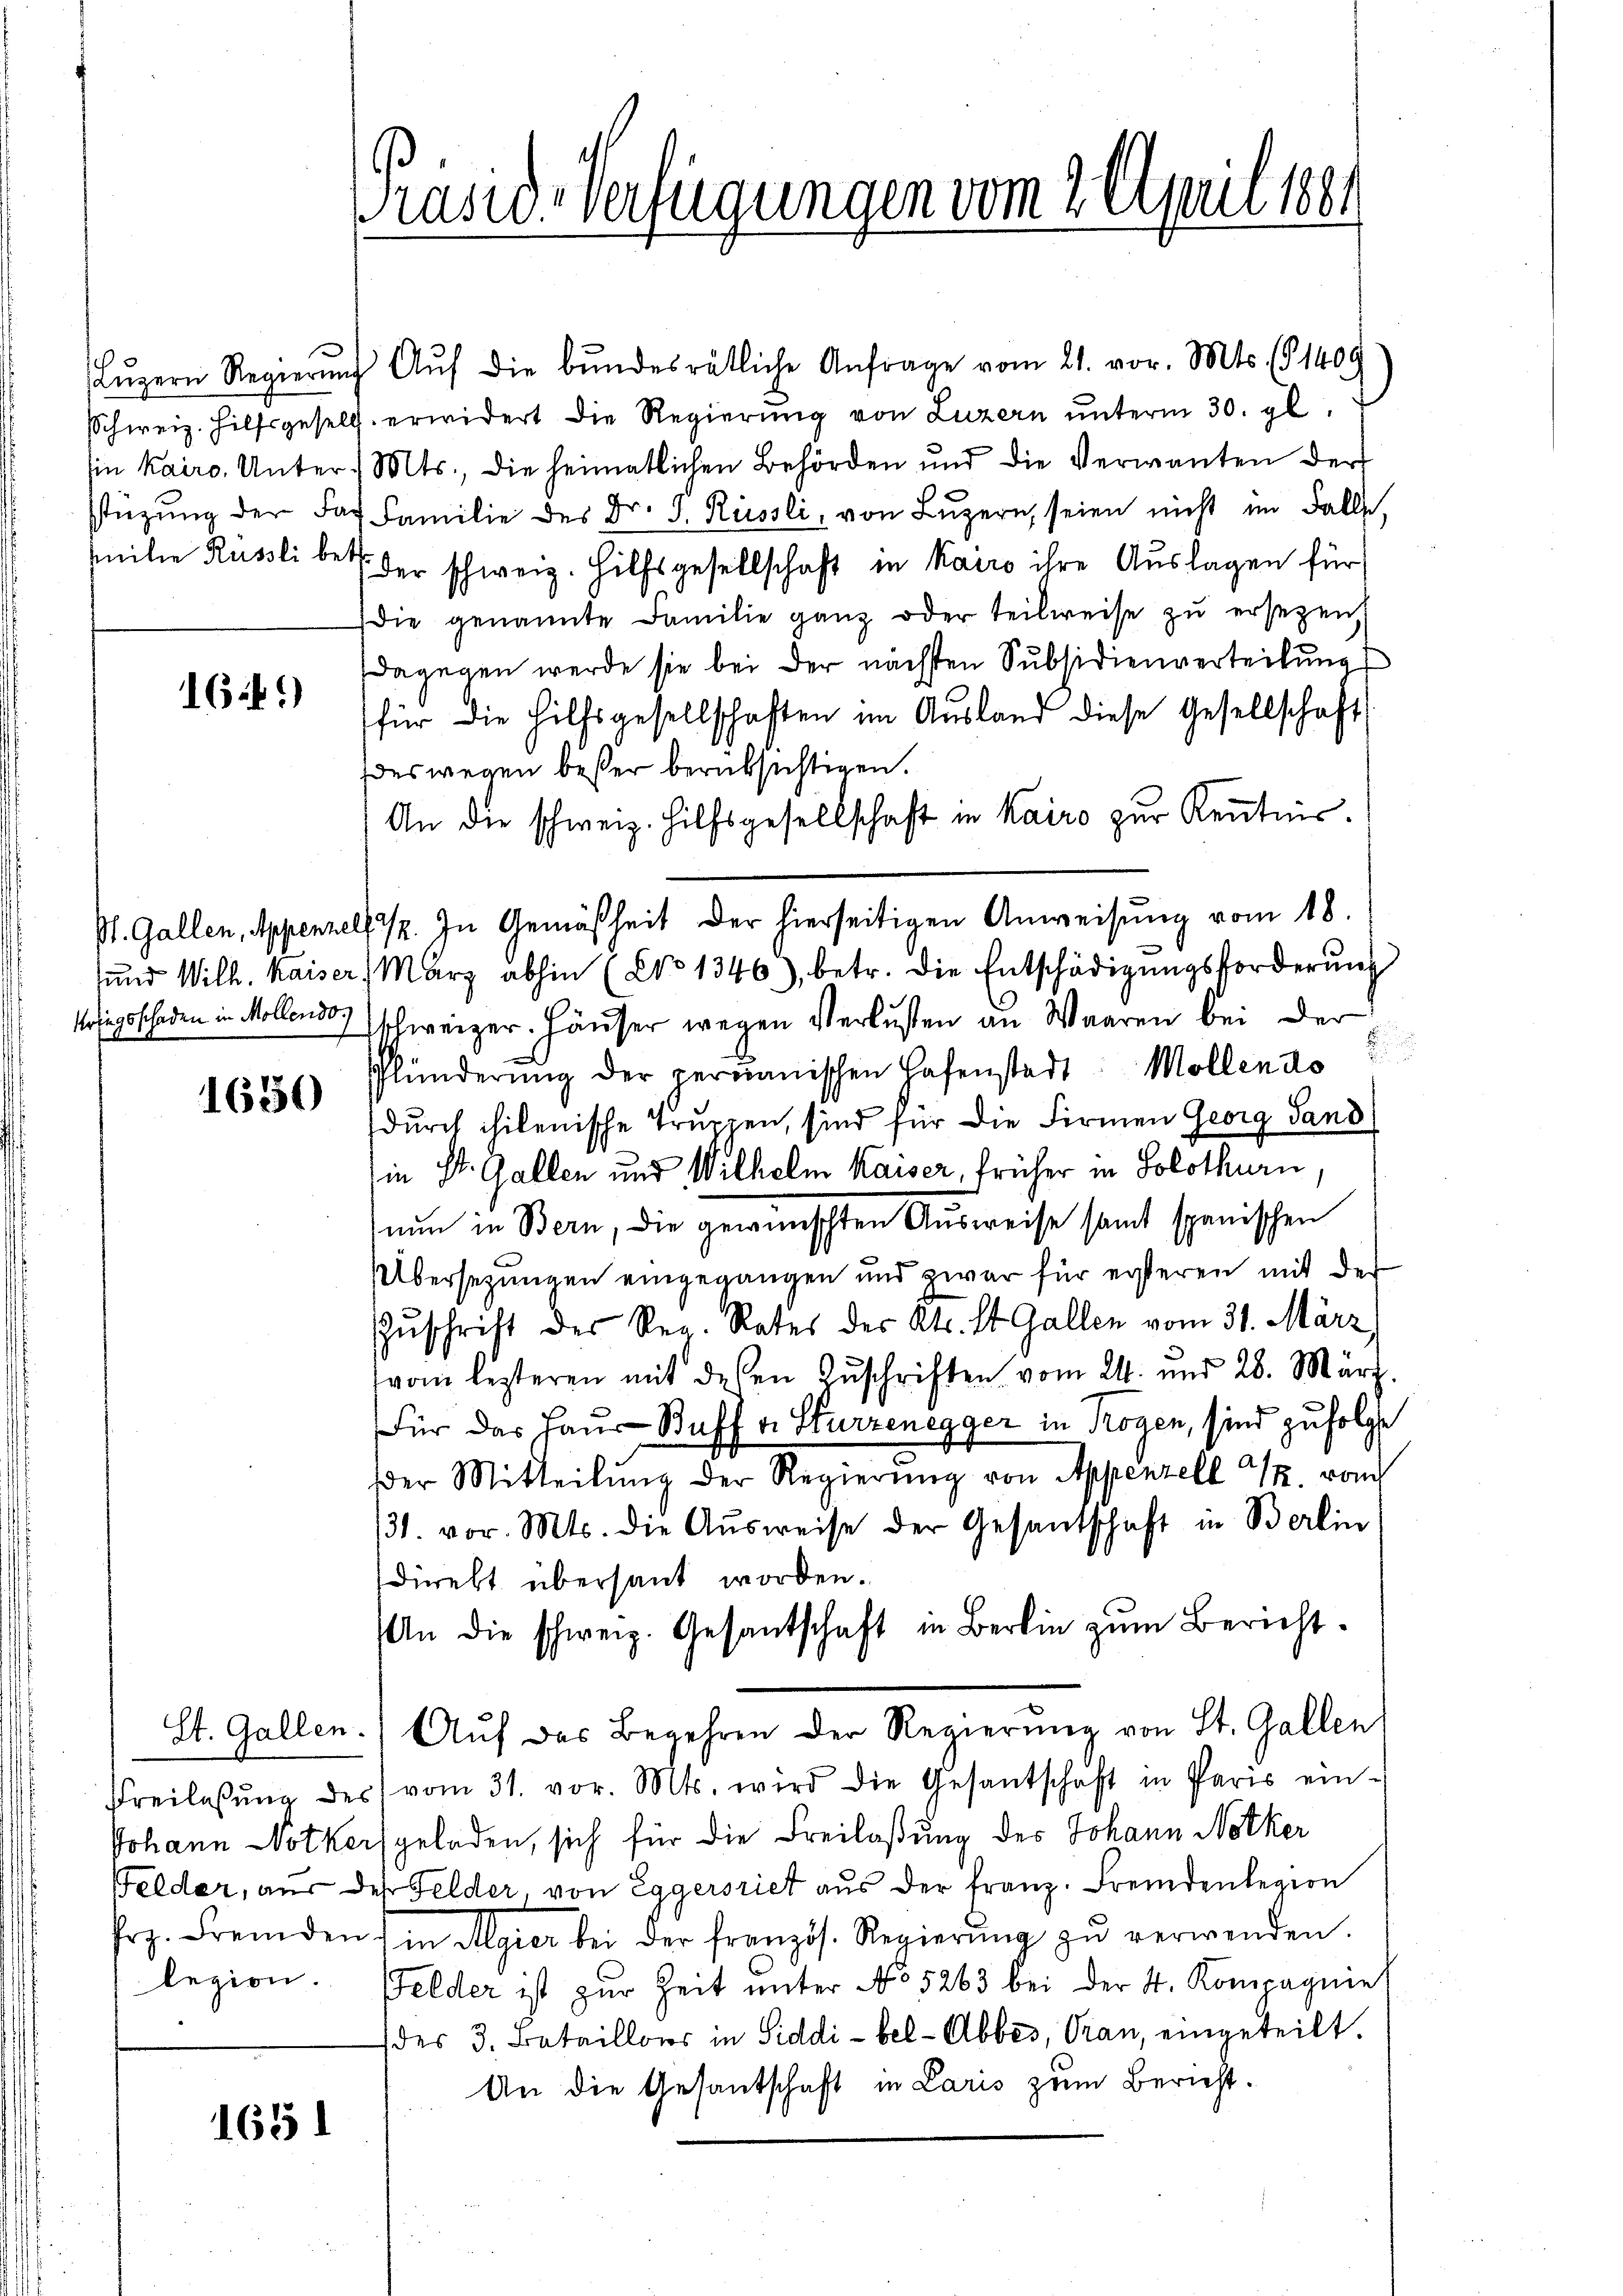
16 f.)

1630

lezion.

1651

Lŭzern Regierŭng Aŭf die bundesrätliche Anfrage vom 21. vor. Mts. (§ 1409
Schweiz. Hilfsgesells erwidert die Regierŭng von Luzern ŭnterm 30. gl.
sin kairo. Unter. Mts., die heimatlichen Behörden und die Verwanten der
stüzung der der Familie des Dr. J. Russli, von Lŭzern, seien nicht im Falle,
milie Russli bei der schweiz. Hilfsgesellschaft in Kairo ihre Auslagen für
die genannte Familie ganz oder teilweise zŭ ersezen,
dagegen werde sie bei der nächsten Subsidienverteilŭng
für die Hilfsgesellschaften im Ausland diese Gesellschaft
deswegen besser berüksichtigen.
An die schweiz. Hilfsgesellschaft in Kairo zur Keṅtnis.
Pt. Gallen, Appenzell 1/2. In Gemäßheit der hierseitigen Anweisung vom 18.
und Wilh. Kaiser, März abhin (NNo 1346), betr. die Entschädigŭngsforderŭng
agsschaden in Mollen schweizer. Häuser wegen Verlusten an Waaren bei der
Plünderŭng der permanischen Hafenstadt Mollendo
durch hilenische Truppen, sind für die Firmen Georg Land
in St. Gallen und Wilhelm Kaiser, früher in Solothurn
nun in Bern, die gewünschten Ausweise samt spanischen
Übersetzungen eingegangen und zwar für ersteren mit der
Zuschrift des Sei Rates des Kts. St. Gallen vom 31. März,
vom lezteren mit dessen Zŭschriften vom 24. und 28. März.
Für das Haus Buff v. Sturzenegger in Trogen, sind zufolgte
der Mitteilung der Regierung von Appenzell T. vom
31. vor. Mts. die Aŭsweise der Gesantschaft in Berlin
direkt übersaut worden.
An die schweiz. Gesantschaft in Berlin zŭm Bericht
St. Gallen. Aŭf das Begehren der Regierŭng von St. Gallen
Freilassŭng des vom 31. vor. Mts. wird die Gesantschaft in Paris ein-
Johann Notkergeladen, sich für die Freilaßung des Johann Notker
Gelder, aŭs des Felder von Eggersriet aŭs der Franz. Fremdenlegion
rz. Fremden in Algier bei der französ. Regierŭng zŭ verwenden.
Gelder ist zur Zeit ŭnter No 5263 bei der 4. Kompagnie
(des 3. Bataillons in Siddi-bel- Abbes, Gran, eingeteilt.
An die Gesantschaft in Laris zum Bericht¬

Präsid. Verfügungen vom 2. April 1881